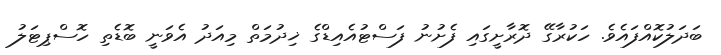
ބަދަލުކޮއްފައެވެ. ހަކުރާގޭ ދޮރާށީގައި ފެށުނު ފަސްޓުއެއިޑްގެ ޚިދުމަތް މިއަދު އެވަނީ ބޮޑެތި ހޮސްޕިޓަލު